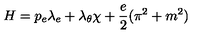
H = p _ { e } \lambda _ { e } + \lambda _ { \theta } \chi + \frac { e } { 2 } ( \pi ^ { 2 } + m ^ { 2 } )